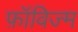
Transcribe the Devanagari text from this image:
फ़ॉविज्म